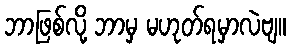
ဘာဖြစ်လို့ ဘာမှ မဟုတ်ရမှာလဲဗျ။